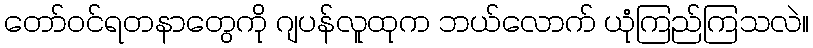
တော်ဝင်ရတနာတွေကို ဂျပန်လူထုက ဘယ်လောက် ယုံကြည်ကြသလဲ။